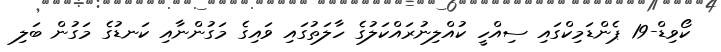
ކޯވިޑް-19 ޕެންޑަމިކްގައި ސިއްހީ ކުއްލިނުރައްކަލުގެ ހާލަތުގައި ވައިގެ މަގުންނާއި ކަނޑުގެ މަގުން ބަލި